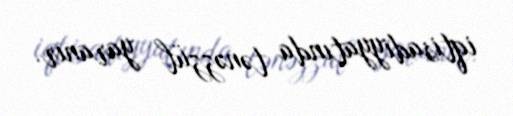
iqtisadiyyatında tənəzzül yaranır.